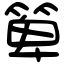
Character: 箄